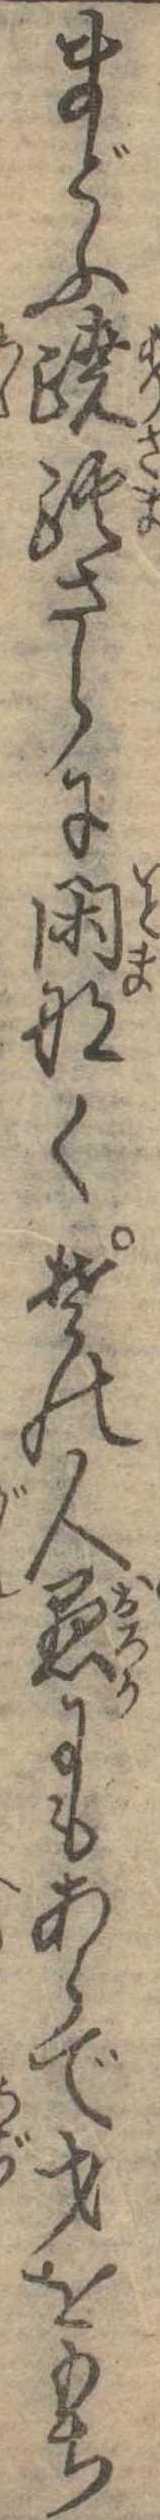
まどふ蹊さらに閑なくその人愚にもあらで才をもち